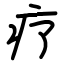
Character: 疗